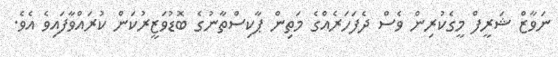
ނަވާޒް ޝަރީފް މީގެކުރިން ވެސް ދެފަހަރެއްގެ މަތިން ޕާކިސްތާނުގެ ބޮޑުވަޒީރުކަން ކުރައްވާފައިވެ އެވެ.